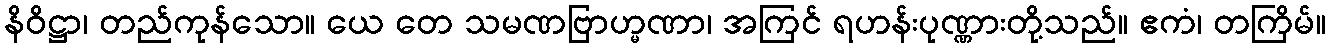
နိဝိဋ္ဌာ၊ တည်ကုန်သော။ ယေ တေ သမဏဗြာဟ္မဏာ၊ အကြင် ရဟန်းပုဏ္ဏားတို့သည်။ ဧကံ၊ တကြိမ်။